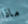
ماذا